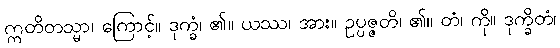
ဣတိတသ္မာ၊ ကြောင့်။ ဒုက္ခံ၊ ၏။ ယဿ၊ အား။ ဥပ္ပဇ္ဇတိ၊ ၏။ တံ၊ ကို။ ဒုက္ခိတံ၊